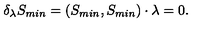
\delta _ { \lambda } S _ { m i n } = ( S _ { m i n } , S _ { m i n } ) \cdot \lambda = 0 .